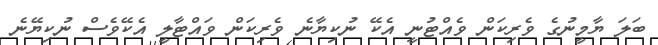
ބަލަ ޔާމީނުގެ ވެރިކަން ވެއްޓުނީ އެކޭ ނުކިޔާނެ ވެރިކަން ވައްޓާލީ އެކޭވެސް ނުކިޔޭނެ